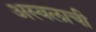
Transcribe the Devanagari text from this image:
अस्वलाची